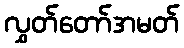
လွှတ်တော်အမတ်